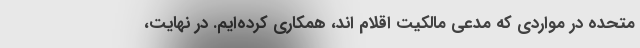
متحده در مواردی که مدعی مالکیت اقلام اند، همکاری کرده‌ایم. در نهایت،